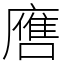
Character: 噟